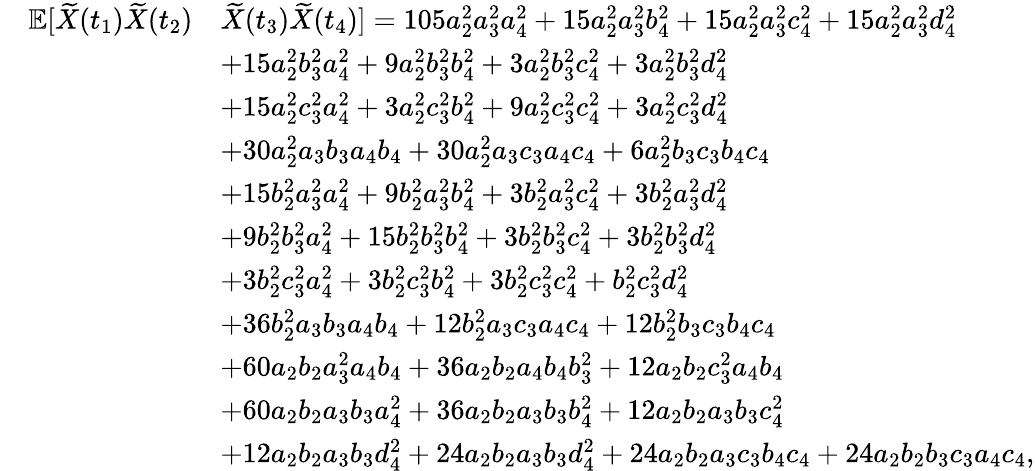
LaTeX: \begin{array}{rl}{\ \ \ \ \mathbb{E}[\widetilde X(t_{1})\widetilde X(t_{2})}&{\widetilde X(t_{3})\widetilde X(t_{4})]=105a_{2}^{2}a_{3}^{2}a_{4}^{2}+15a_{2}^{2}a_{3}^{2}b_{4}^{2}+15a_{2}^{2}a_{3}^{2}c_{4}^{2}+15a_{2}^{2}a_{3}^{2}d_{4}^{2}}\\ &{+15a_{2}^{2}b_{3}^{2}a_{4}^{2}+9a_{2}^{2}b_{3}^{2}b_{4}^{2}+3a_{2}^{2}b_{3}^{2}c_{4}^{2}+3a_{2}^{2}b_{3}^{2}d_{4}^{2}}\\ &{+15a_{2}^{2}c_{3}^{2}a_{4}^{2}+3a_{2}^{2}c_{3}^{2}b_{4}^{2}+9a_{2}^{2}c_{3}^{2}c_{4}^{2}+3a_{2}^{2}c_{3}^{2}d_{4}^{2}}\\ &{+30a_{2}^{2}a_{3}b_{3}a_{4}b_{4}+30a_{2}^{2}a_{3}c_{3}a_{4}c_{4}+6a_{2}^{2}b_{3}c_{3}b_{4}c_{4}}\\ &{+15b_{2}^{2}a_{3}^{2}a_{4}^{2}+9b_{2}^{2}a_{3}^{2}b_{4}^{2}+3b_{2}^{2}a_{3}^{2}c_{4}^{2}+3b_{2}^{2}a_{3}^{2}d_{4}^{2}}\\ &{+9b_{2}^{2}b_{3}^{2}a_{4}^{2}+15b_{2}^{2}b_{3}^{2}b_{4}^{2}+3b_{2}^{2}b_{3}^{2}c_{4}^{2}+3b_{2}^{2}b_{3}^{2}d_{4}^{2}}\\ &{+3b_{2}^{2}c_{3}^{2}a_{4}^{2}+3b_{2}^{2}c_{3}^{2}b_{4}^{2}+3b_{2}^{2}c_{3}^{2}c_{4}^{2}+b_{2}^{2}c_{3}^{2}d_{4}^{2}}\\ &{+36b_{2}^{2}a_{3}b_{3}a_{4}b_{4}+12b_{2}^{2}a_{3}c_{3}a_{4}c_{4}+12b_{2}^{2}b_{3}c_{3}b_{4}c_{4}}\\ &{+60a_{2}b_{2}a_{3}^{2}a_{4}b_{4}+36a_{2}b_{2}a_{4}b_{4}b_{3}^{2}+12a_{2}b_{2}c_{3}^{2}a_{4}b_{4}}\\ &{+60a_{2}b_{2}a_{3}b_{3}a_{4}^{2}+36a_{2}b_{2}a_{3}b_{3}b_{4}^{2}+12a_{2}b_{2}a_{3}b_{3}c_{4}^{2}}\\ &{+12a_{2}b_{2}a_{3}b_{3}d_{4}^{2}+24a_{2}b_{2}a_{3}b_{3}d_{4}^{2}+24a_{2}b_{2}a_{3}c_{3}b_{4}c_{4}+24a_{2}b_{2}b_{3}c_{3}a_{4}c_{4},}\end{array}